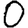
Digit: 0